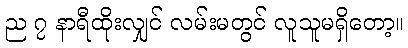
ည ၇ နာရီထိုးလျှင် လမ်းမတွင် လူသူမရှိတော့။